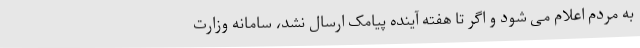
به مردم اعلام می شود و اگر تا هفته آینده پیامک ارسال نشد، سامانه وزارت